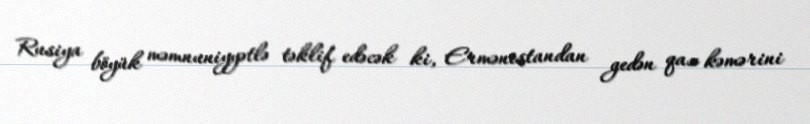
Rusiya böyük məmnuniyyətlə təklif edəcək ki, Ermənistandan gedən qaz kəmərini